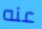
عنه